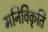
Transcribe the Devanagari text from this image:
मनिविकृति